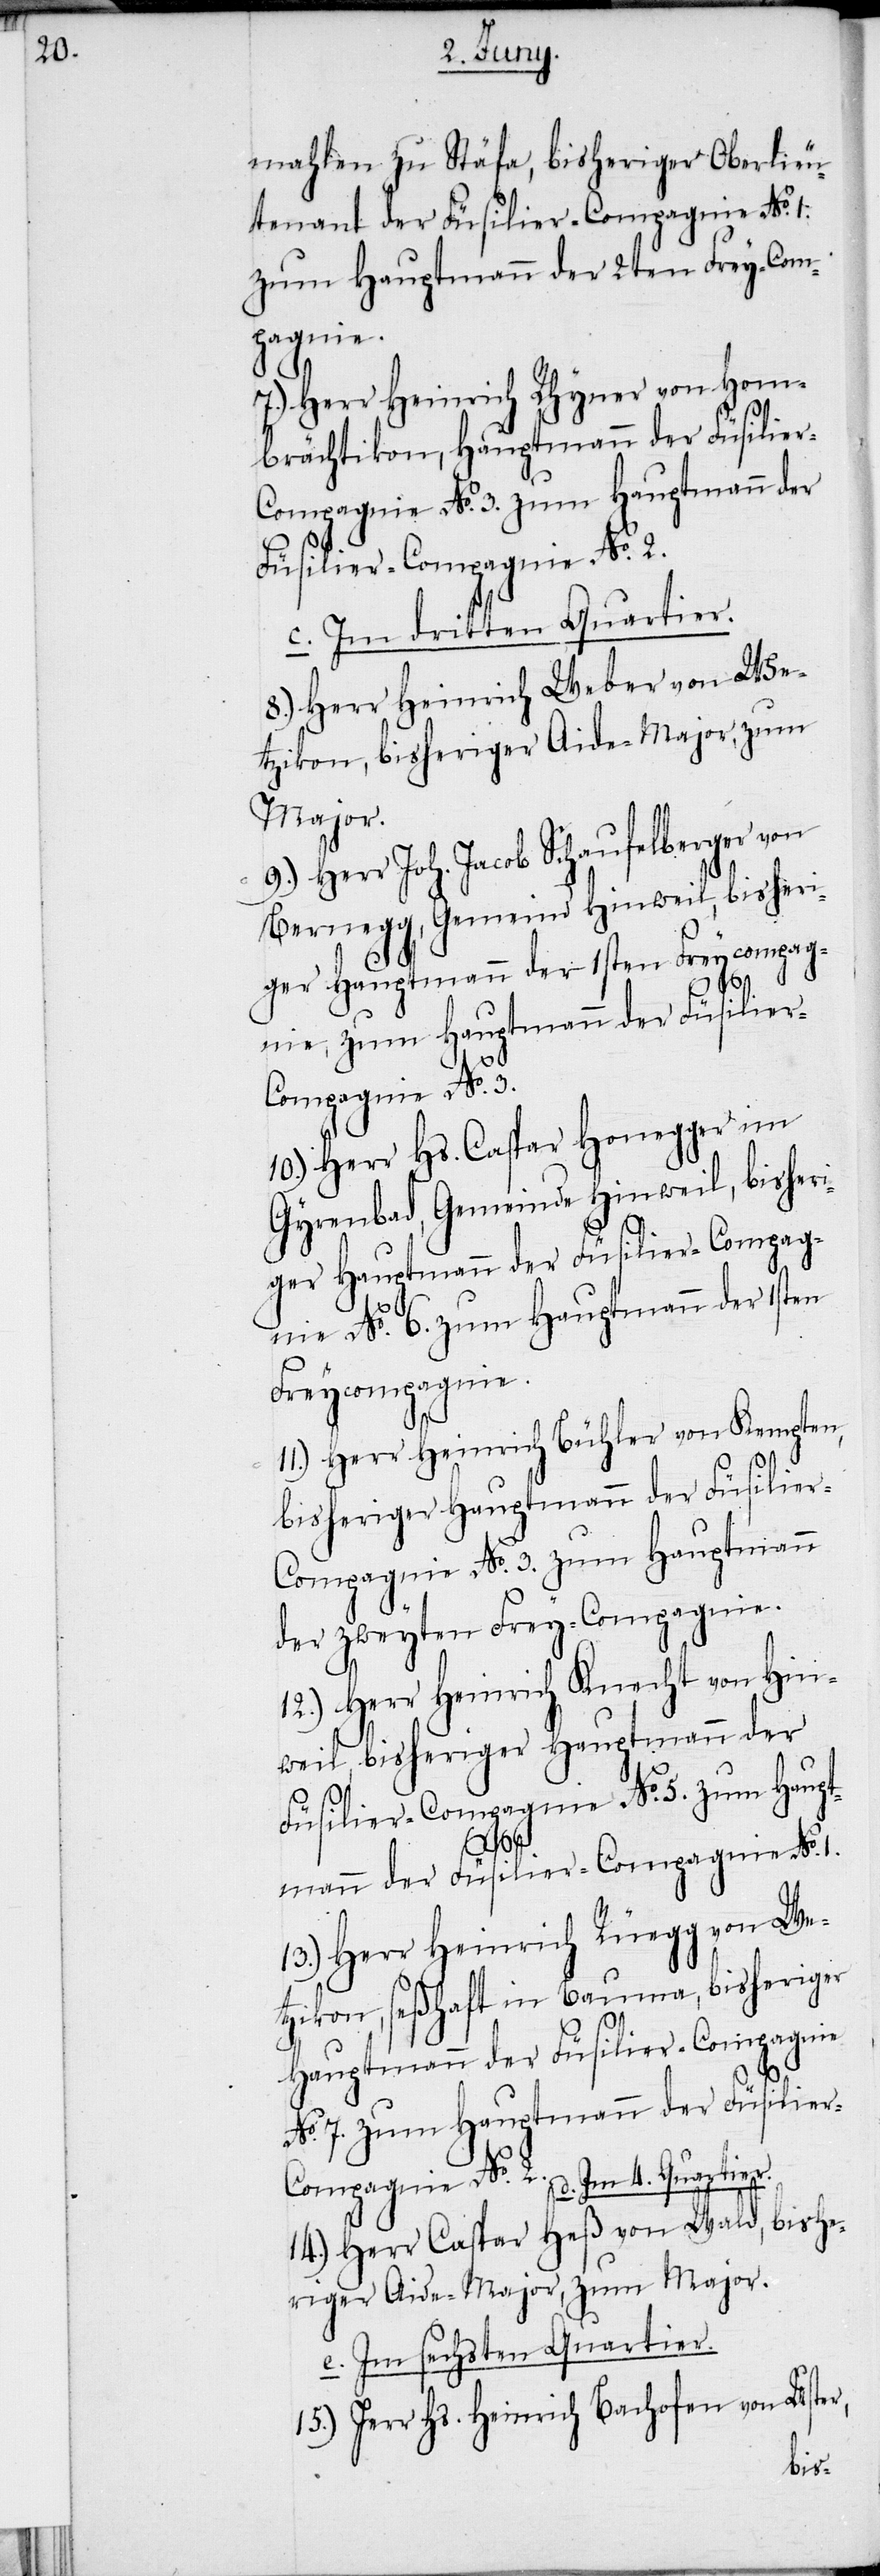
mahlen zu Stäfa, bisheriger Oberlieu¬
tenant der Füsilier-Compagnie No. 1.
zum Hauptmann der 2ten Frey-Com¬
pagnie.
7.) Herr Heinrich Rhyner von Hom¬
brächtikon, Hauptmann der Füsilie¬
r-Compagnie No. 3. zum Hauptmann der
üsilier-Compagnie No. 2.
c. Im dritten Quartier.
8.) Herr Heinrich Weber von We¬
tzikon, bisheriger Aide-Major, zum
Major.
Herr Joh. Jacob Schaufelberger von
Bernegg, Gemeind Hinweil, bisheri¬
ger Hauptmann der 1sten Freycompag¬
d. Im 4.
nie, zum Hautpmann der Füsilier-C¬
ompagnie No. 3.
10.) Herr Hs. Caspar Honegger im
Gyrenbad, Gemeinde Hinweil, bisheri¬
ger Hauptmann der Füsilier-Compag¬
nie No. 6. zum Hauptmann der 1sten
Freycompagnie.
11.) Herr Heinrich Bühler von Kempten,
bisheriger Hauptmann der Füsilie¬
r-Compagnie No. 3. zum Hauptmann
der zweyten Frey-Compagnie.
12.) Herr Heinrich Knecht von Hin¬
weil, bisheriger Hauptmann der
Füsilier-Compagnie No. 5. zum Haupt¬
15.)
mann der Füsilier-Compagnie No. 1.
13.) Herr Heinrich Rüegg von We¬
tzikon, seßhaft in Bauma, bisheriger
Hauptmann der Füslier-Compagnie
No. 7. zum Hauptmann der F¬
14.) Herr Caspar Heß von Wald, bishe¬
riger Aide-Major, zum Major.
e. Im sechsten Quartier.
Hs. Heinrich Bachofen von Uster,